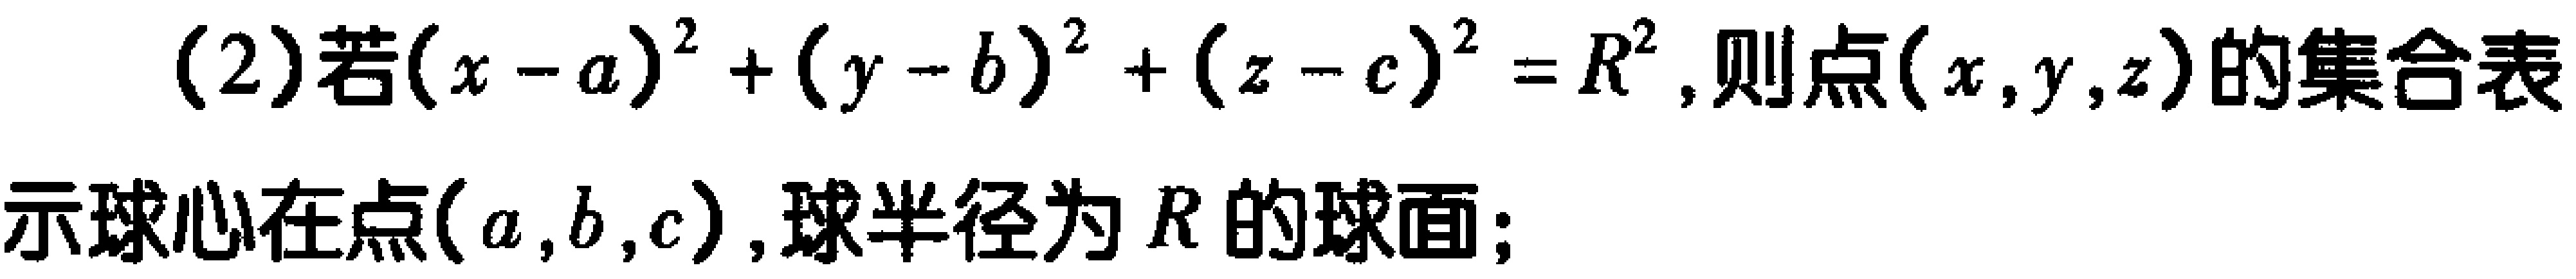
(2)若\((x - a)^{2}+(y - b)^{2}+(z - c)^{2}=R^{2}\)，则点\((x,y,z)\)的集合表示球心在点\((a,b,c)\)，球半径为\(R\)的球面；